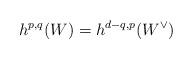
LaTeX: \begin{align*}h^{p,q}(W) = h^{d-q,p}(W^\vee)\end{align*}